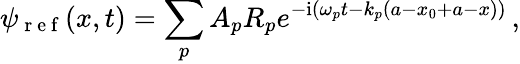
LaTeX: \psi_{\mathrm{~r~e~f~}}(x,t)=\sum_{p}A_{p}R_{p}e^{-\mathrm{i}\left(\omega_{p}t-k_{p}(a-x_{0}+a-x)\right)}\, ,